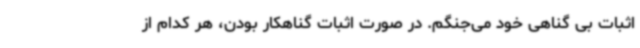
اثبات بی گناهی خود می‌جنگم. در صورت اثبات گناهکار بودن، هر کدام از